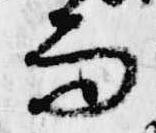
而